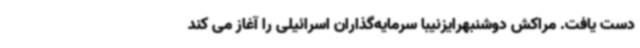
دست یافت. مراکش دوشنبهرایزنیبا سرمایه‌گذاران اسرائیلی را آغاز می کند